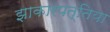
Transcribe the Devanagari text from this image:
झाकारपत्तिया